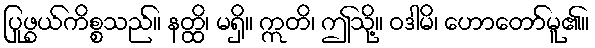
ပြုဖွယ်ကိစ္စသည်။ နတ္ထိ၊ မရှိ။ ဣတိ၊ ဤသို့။ ဝဒါမိ၊ ဟောတော်မူ၏။